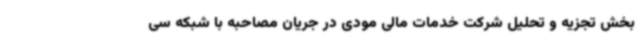
بخش تجزیه و تحلیل شرکت خدمات مالی مودی در جریان مصاحبه با شبکه سی